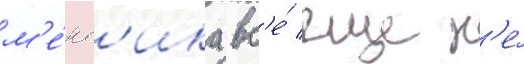
м'е́кс'ика вс'е́ еще н'е́